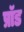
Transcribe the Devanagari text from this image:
प्रॉड